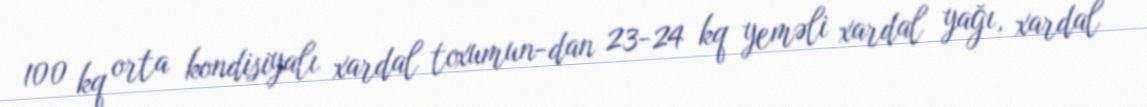
100 kq orta kondisiyalı xardal toxumun-dan 23-24 kq yeməli xardal yağı, xardal